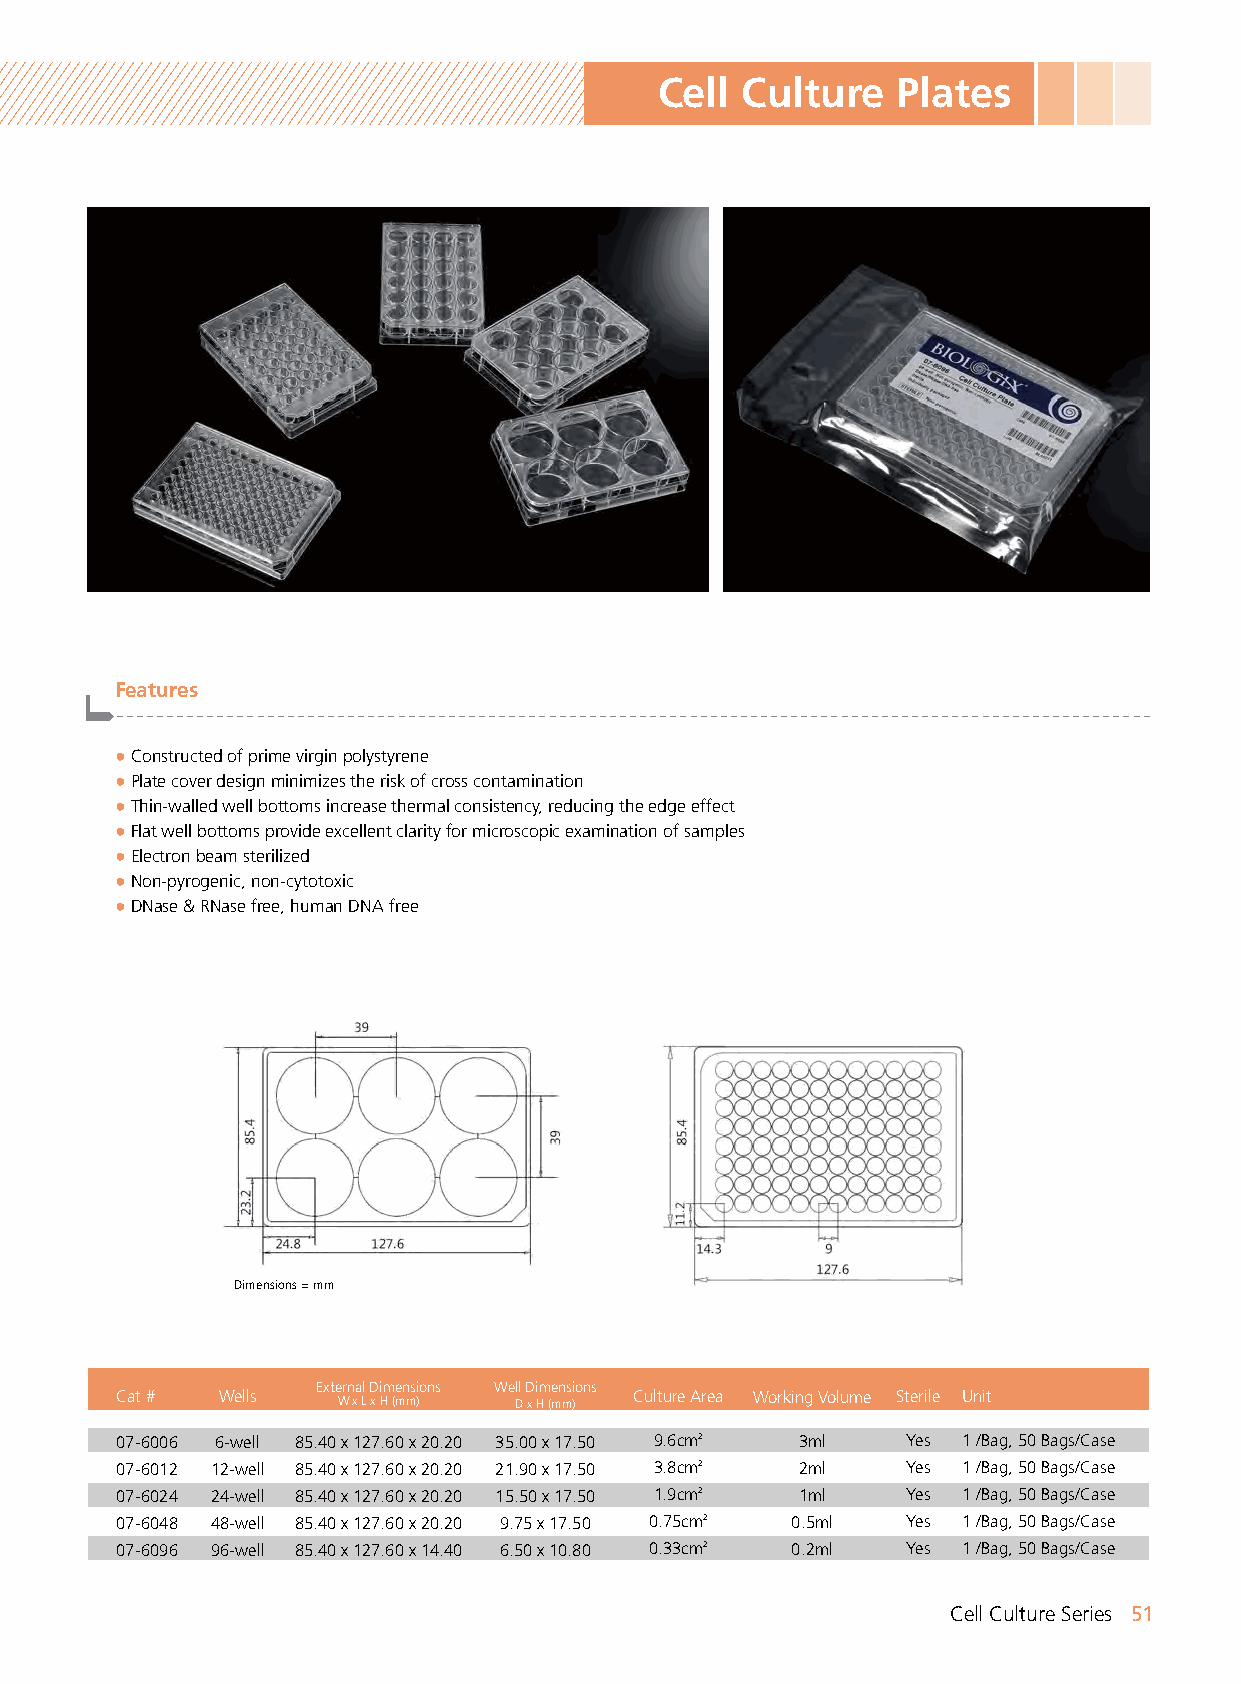
Cell Culture   Plates
 Features
 -------------------------------------------------------------------------------------------------------
 ●Constructed of prime virgin polystyrene
 ●Plate cover design minimizes the risk of cross contamination
 ●Thin-walled well bottoms increase thermal consistency, reducing the edge effect
 ●Flat well bottoms provide excellent clarity for microscopic examination of samples
 ●Electron beam sterilized
 ●Non-pyrogenic, non-cytotoxic
 ●DNase & RNase free, human DNA free
 Dimensions = mm
 External Dimensions Well Dimensions
 Cat # Wells   W x L x H (mm) D x H (mm) Culture Area Working Volume Sterile Unit
 07-6006 6-well 85.40 x 127.60 x 20.20 35.00 x 17.50 9.6cm2 3ml Yes 1 /Bag, 50 Bags/Case
 07-6012 12-well 85.40 x 127.60 x 20.20 21.90 x 17.50 3.8cm2 2ml Yes 1 /Bag, 50 Bags/Case
 07-6024 24-well 85.40 x 127.60 x 20.20 15.50 x 17.50 1.9cm2 1ml Yes 1 /Bag, 50 Bags/Case
 07-6048 48-well 85.40 x 127.60 x 20.20 9.75 x 17.50 0.75cm2 0.5ml Yes 1 /Bag, 50 Bags/Case
 07-6096 96-well 85.40 x 127.60 x 14.40 6.50 x 10.80 0.33cm2 0.2ml Yes 1 /Bag, 50 Bags/Case
 Cell Culture Series 51